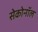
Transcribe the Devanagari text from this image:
सेकोनॉल